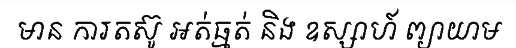
មាន ការតស៊ូ អត់ធ្មត់ និង ឧស្សាហ៍ ព្យាយាម